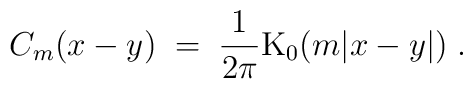
C_m(x-y) \; = \; \frac{1}{2\pi} \mbox{K}_0(m|x-y|) \; .